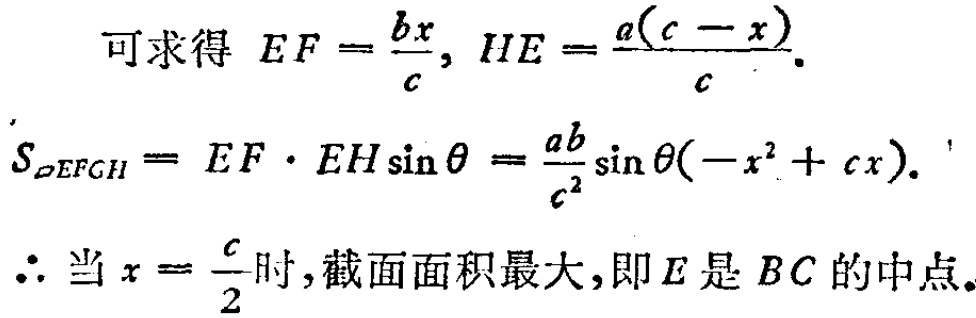
可求得 \(EF = \frac{bx}{c}, HE = \frac{a(c - x)}{c}\)。
\(S_{\parallelogram EFGH}= EF\cdot EH\sin\theta=\frac{ab}{c^{2}}\sin\theta(-x^{2}+cx)\)。
\(\therefore\) 当 \(x = \frac{c}{2}\) 时，截面面积最大，即 \(E\) 是 \(BC\) 的中点。